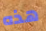
هذه